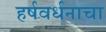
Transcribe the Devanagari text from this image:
हर्षवर्धनाचा